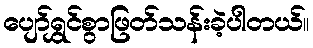
ပျော်ရွှင်စွာဖြတ်သန်းခဲ့ပါတယ်။